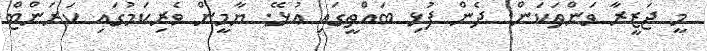
މީ ޖަޒީރާ ވަންތަކަން. ދެން ފުޅި ބައްތީގައި އުޅޭ. ޔާމީން ވެރިކަމުގައި ކަރަންޓް